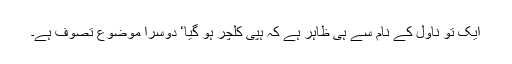
ایک تو ناول کے نام سے ہی ظاہر ہے کہ ہپی کلچر ہو گیا‘ دوسرا موضوع تصوف ہے۔